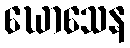
ဃောသေန